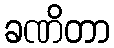
ခဏိတာ